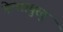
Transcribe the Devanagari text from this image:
मेल्‍लाचुरवु